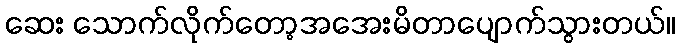
ဆေး သောက်လိုက်တော့အအေးမိတာပျောက်သွားတယ်။